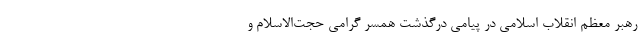
رهبر معظم انقلاب اسلامی در پیامی درگذشت همسر گرامی حجت‌الاسلام و